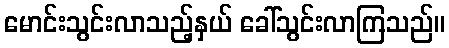
မောင်းသွင်းလာသည့်နှယ် ခေါ်သွင်းလာကြသည်။